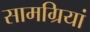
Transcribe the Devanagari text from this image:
सामग्रियां